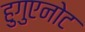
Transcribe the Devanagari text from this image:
हुगुएनोट